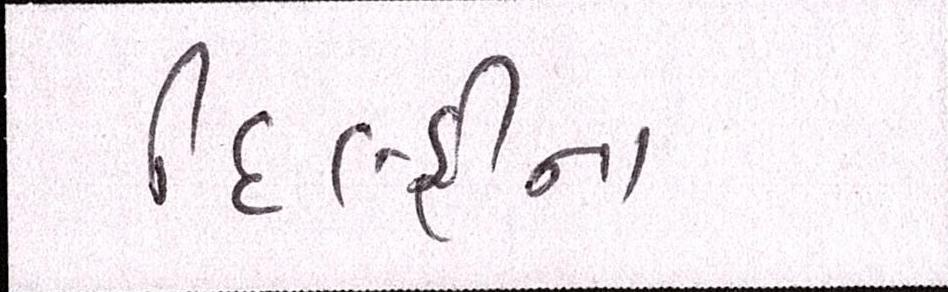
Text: દિલ્હીના